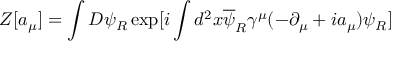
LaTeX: Z [ a _ { \mu } ] = \int D \psi _ { R } \exp [ i \int d ^ { 2 } x \overline { { { \psi } } } _ { R } \gamma ^ { \mu } ( - \partial _ { \mu } + i a _ { \mu } ) \psi _ { R } ]